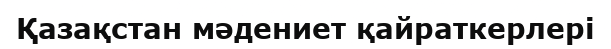
Қазақстан мәдениет қайраткерлері